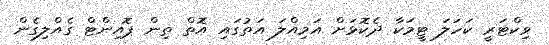
ވިކްޓަރީ ކަހަލަ ޓީމަކާ ދެކޮޅަށް އަމިއްލަ އަތުގައި އޮތް ތިން ޕޮއިންޓް ގެއްލިގެން